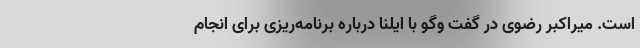
است. میراکبر رضوی در گفت وگو با ایلنا درباره برنامه‌ریزی برای انجام